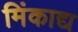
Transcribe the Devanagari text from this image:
मिंकाद्य